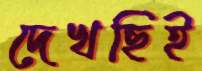
দেখছিই